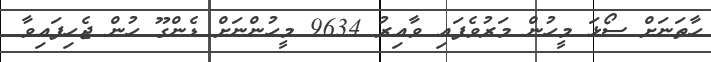
ހާތަނަށް ސޯޅަ މީހުން މަރުވެފައި ވާއިރު 9634 މީހުންނަށް ޑެންގޫ ހުން ޖެހިފައިވާ